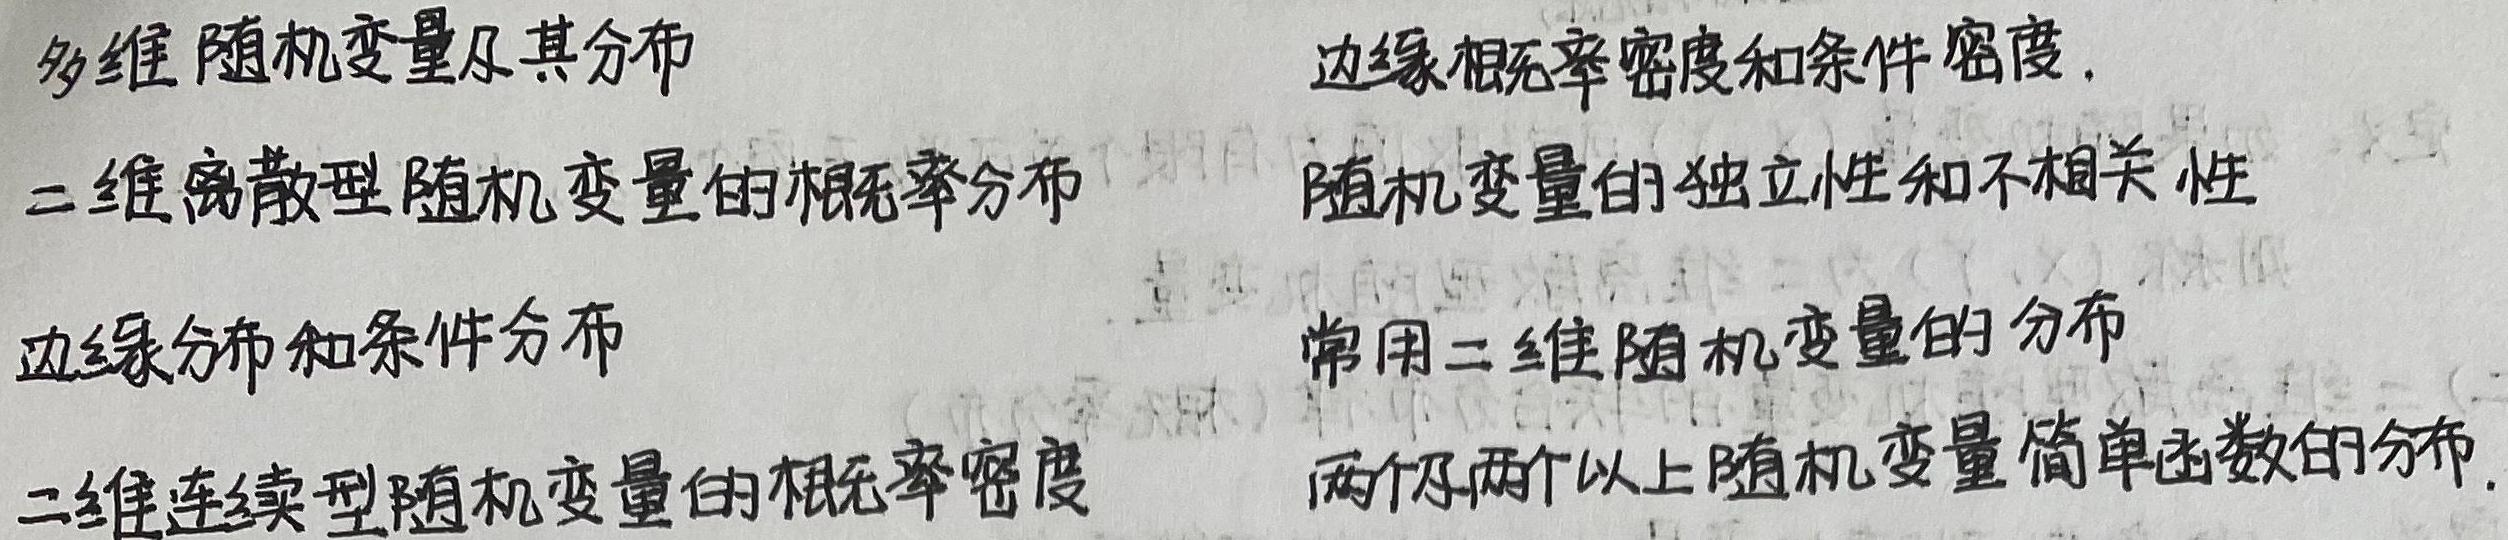
多维随机变量及其分布
二维离散型随机变量的概率分布
边缘分布和条件分布
二维连续型随机变量的概率密度
边缘概率密度和条件密度.
随机变量的独立性和不相关性
常用二维随机变量的分布
两个及两个以上随机变量简单函数的分布.